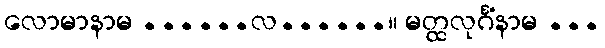
လောမာနာမ ......လ......။ မတ္ထလုင်္ဂံနာမ ...